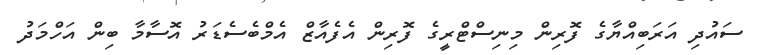
ސައުދި އަރަބިއްޔާގެ ފޮރިން މިނިސްޓްރީގެ ފޮރިން އެފެއާޒް އެމްބެސެޑަރު އޮސާމާ ބިން އަހްމަދު